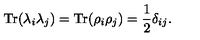
\mathrm { T r } ( \lambda _ { i } \lambda _ { j } ) = \mathrm { T r } ( \rho _ { i } \rho _ { j } ) = \frac 1 2 \delta _ { i j } .